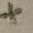
Text: +